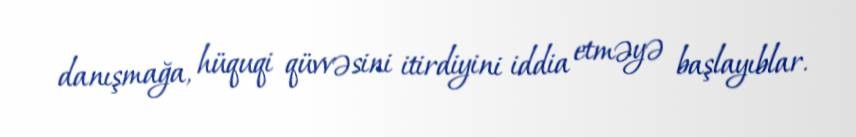
danışmağa, hüquqi qüvvəsini itirdiyini iddia etməyə başlayıblar.